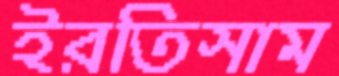
ইরতিসাম